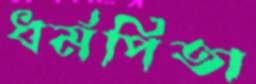
ধর্মপিতা